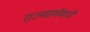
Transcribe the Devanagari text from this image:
राज्यसभेमध्ये